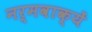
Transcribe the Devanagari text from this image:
नर्मवाक्यें